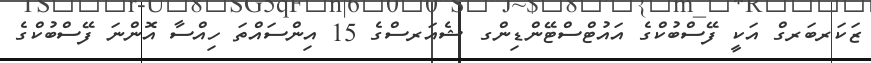
ޒަކަރބަރގް އަކީ ފޭސްބުކްގެ އައުޓްސްޓޭންޑިންގ ޝެއަރސްގެ 15 އިންސައްތަ ހިއްސާ އޮންނަ ފޭސްބުކްގެ